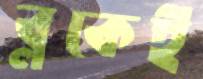
ব্লকেই